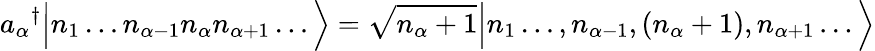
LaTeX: {a_{\alpha}}^{\dagger}{\Big|}n_{1}\ldots n_{\alpha-1}n_{\alpha}n_{\alpha+1}\ldots{\Big\rangle}={\sqrt{n_{\alpha}+1}}{\Big|}n_{1}\ldots,n_{\alpha-1},(n_{\alpha}+1),n_{\alpha+1}\ldots{\Big\rangle}